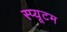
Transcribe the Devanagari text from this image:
स्प्यूटम